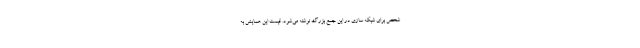
شخص برای شبکه سازی در این جمع بزرگ نوشته می‌شود. قیمت این همایش به